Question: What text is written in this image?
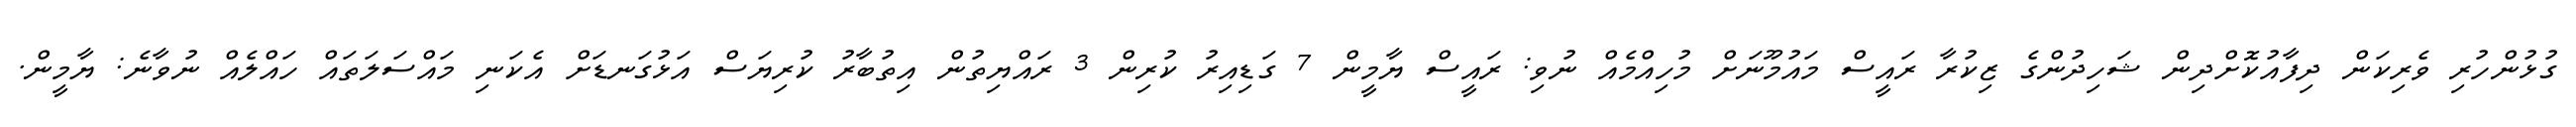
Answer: ގުޅުންހުރި ވެރިކަން ދިފާއުކޮށްދިން ޝަހިދުންގެ ޒިކުރާ ރައީސް މައުމޫނަށް މުހިއްމެއް ނުވި: ރައީސް ޔާމީން 7 ގަޑިއިރު ކުރިން 3 ރައްޔިތުން އިތުބާރު ކުރިޔަސް އަޅުގަނޑަށް އެކަނި މައްސަލަތައް ހައްލެއް ނުވާނެ: ޔާމީން.